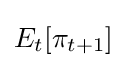
E_{t}[\pi _{t+1}]